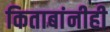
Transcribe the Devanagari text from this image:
किताबांनीही